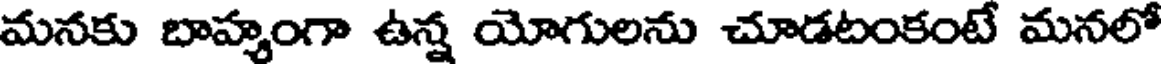
మనకు బాహ్మంగా ఉన్న యోగులను చూడటంకంటే మనలో